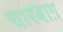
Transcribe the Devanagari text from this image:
चारबाग़